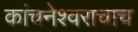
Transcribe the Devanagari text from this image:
कांचनेश्वराचाच